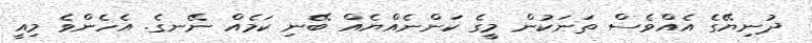
ދުނިޔޭގެ އެއްވެސް ތަނަކުން މީގެ ކަންނެއްޔެއް ބޭނި ކަމެއް ނޭނގެ. އެހެންވެ މިއީ